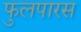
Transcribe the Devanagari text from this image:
फुलपारस